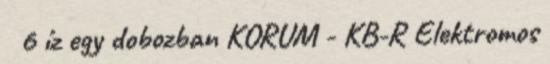
6 íz egy dobozban KORUM - KB-R Elektromos